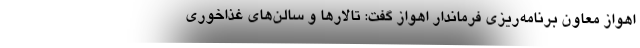
اهواز معاون برنامه‌ریزی فرماندار اهواز گفت: تالارها و سالن‌های غذاخوری